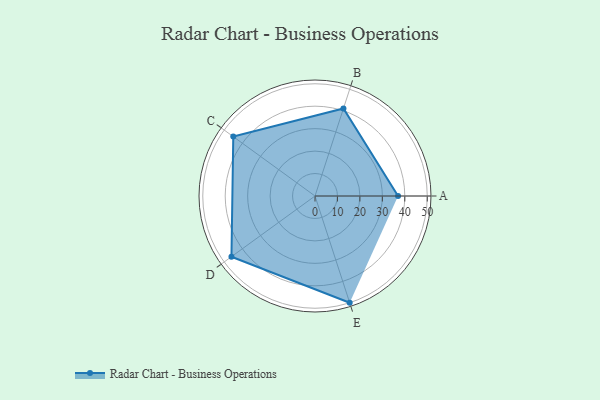
{"axis": {"x": "Skill", "y": "Score"}, "legend": ["Profile"], "data": [{"x": "A", "y": 37.0, "type": "Profile"}, {"x": "B", "y": 41.0, "type": "Profile"}, {"x": "C", "y": 45.0, "type": "Profile"}, {"x": "D", "y": 46.0, "type": "Profile"}, {"x": "E", "y": 50.0, "type": "Profile"}]}